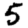
Digit: 5